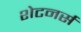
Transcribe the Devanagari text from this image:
शेटनर्स